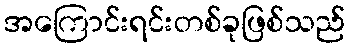
အကြောင်းရင်းတစ်ခုဖြစ်သည်